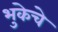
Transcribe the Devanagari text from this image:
भुकेचे